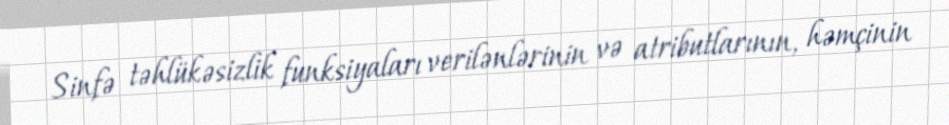
Sinfə təhlükəsizlik funksiyaları verilənlərinin və atributlarının, həmçinin